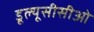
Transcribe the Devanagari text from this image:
डूल्यूसीसीओ